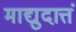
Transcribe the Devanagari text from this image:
माद्युदात्तं